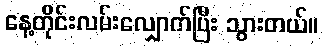
နေ့တိုင်းလမ်းလျှောက်ပြီး သွားတယ်။